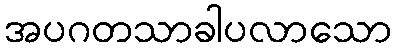
အပဂတသာခါပလာသော